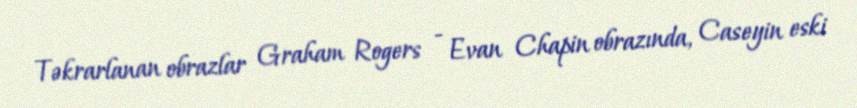
Təkrarlanan obrazlar Graham Rogers - Evan Chapin obrazında, Caseyin eski